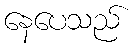
နေပေသည်